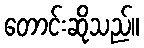
တောင်းဆိုသည်။